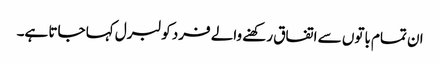
ان تمام باتوں سے اتفاق رکھنے والے فرد کو لبرل کہا جاتا ہے۔